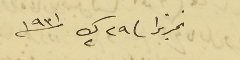
تحريرًا فى ٢٩ ك٢ سنة ١٩٣١